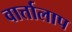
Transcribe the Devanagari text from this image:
वार्त्तालाप